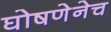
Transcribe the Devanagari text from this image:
घोषणेनेच